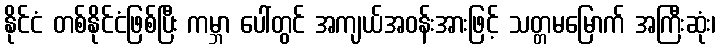
နိုင်ငံ တစ်နိုင်ငံဖြစ်ပြီး ကမ္ဘာ ပေါ်တွင် အကျယ်အဝန်းအားဖြင့် သတ္တမမြောက် အကြီးဆုံး၊